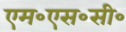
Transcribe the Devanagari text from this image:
एम॰एस॰सी॰